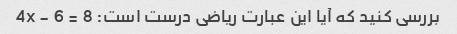
بررسی کنید که آیا این عبارت ریاضی درست است: 4x - 6 = 8